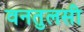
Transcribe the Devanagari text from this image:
वनतुलसी